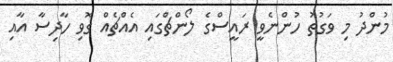
މުންދު މި ވަގުތު ހުންނެވީ ރައީސްގެ ލޯންޗްގައި އެއްޗެއް ގޮވި ހާދިސާ އާއި